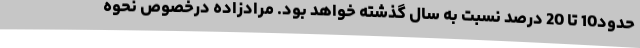
حدود10 تا 20 درصد نسبت به سال گذشته خواهد بود. مرادزاده درخصوص نحوه